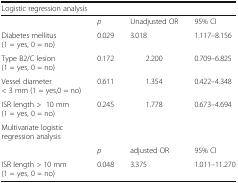
| <COLSPAN=4> Logistic regression analysis |
 | --- | --- | --- | --- |
 |  | p | Unadjusted OR | 95% CI |
 | Diabetes mellitus (1 = yes, 0 = no) | 0.029 | 3.018 | 1.117–8.156 |
 | Type B2/C lesion (1 = yes, 0 = no) | 0.172 | 2.200 | 0.709–6.825 |
 | Vessel diameter < 3 mm (1 = yes,0 = no) | 0.611 | 1.354 | 0.422–4.348 |
 | ISR length >10 mm (1 = yes, 0 = no) | 0.245 | 1.778 | 0.673–4.694 |
 | <COLSPAN=4> Multivariate logistic regression analysis |
 |  | p | adjusted OR | 95% CI |
 | ISR length > 10 mm (1 = yes, 0 = no) | 0.048 | 3.375 | 1.011–11.270 |